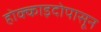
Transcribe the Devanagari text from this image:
होक्काइदोपासून